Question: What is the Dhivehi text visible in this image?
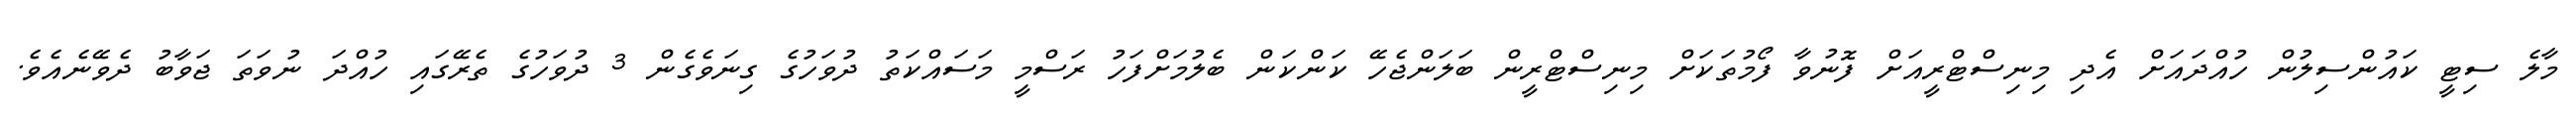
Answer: މާލެ ސިޓީ ކައުންސިލުން ހުއްދައަށް އެދި މިނިސްޓްރީއަށް ފޮނުވާ ފޯމުތަކަށް މިނިސްޓްރީން ބަލަންޖެހޭ ކަންކަން ބެލުމަށްފަހު ރަސްމީ މަސައްކަތު ދުވަހުގެ ގިނަވެގެން 3 ދުވަހުގެ ތެރޭގައި ހުއްދަ ނުވަތަ ޖަވާބު ދެވޭނެއެވެ.